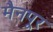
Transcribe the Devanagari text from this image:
मैनपूर